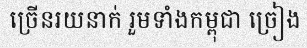
ច្រើនរយនាក់ រួមទាំងកម្ពុជា ច្រៀង